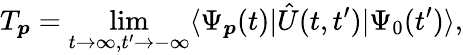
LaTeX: T_{\boldsymbol{p}}=\operatorname*{lim}_{t\to\infty,t^{\prime}\to-\infty}\langle\Psi_{\boldsymbol{p}}(t)|\hat{U}(t,t^{\prime})|\Psi_{0}(t^{\prime})\rangle,